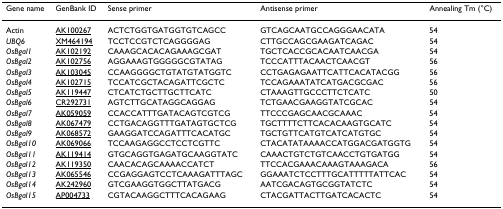
<table><thead><tr><td><b>Gene name</b></td><td><b>GenBank ID</b></td><td><b>Sense primer</b></td><td><b>Antisense primer</b></td><td><b>Annealing Tm (°C)</b></td></tr></thead><tbody><tr><td>Actin</td><td>AK100267</td><td>ACTCTGGTGATGGTGTCAGCC</td><td>GTCAGCAATGCCAGGGAACATA</td><td>54</td></tr><tr><td><i>UBQ6</i></td><td>XM464194</td><td>TCCTCCGTCTCAGGGGAG</td><td>CTTGCCAGCGAAGATCAGAC</td><td>54</td></tr><tr><td><i>OsBgal1</i></td><td>AK102192</td><td>CAAAGCACACAGAAAGCGAT</td><td>TGCTCACCGCACAATCAACGA</td><td>54</td></tr><tr><td><i>OsBgal2</i></td><td>AK102756</td><td>AGGAAAGTGGGGGCGTATAG</td><td>TCCCATTTACAACTCAACGT</td><td>56</td></tr><tr><td><i>OsBgal3</i></td><td>AK103045</td><td>CCAAGGGGCTGTATGTATGGTC</td><td>CCTGAGAGAATTCATTCACATACGG</td><td>56</td></tr><tr><td><i>OsBgal4</i></td><td>AK102715</td><td>TCCATCGCTACAGATTCGCTC</td><td>TCCAGAAATATCATGACGCGAC</td><td>56</td></tr><tr><td><i>OsBgal5</i></td><td>AK119447</td><td>CTCATCTGCTTGCTTCATC</td><td>CTAAAGTTGCCCTTCTCATC</td><td>50</td></tr><tr><td><i>OsBgal6</i></td><td>CR292731</td><td>AGTCTTGCATAGGCAGGAG</td><td>TCTGAACGAAGGTATCGCAC</td><td>54</td></tr><tr><td><i>OsBgal7</i></td><td>AK059059</td><td>CCACCATTTGATACAGTCGTCG</td><td>TTCCCGAGCAACGCAAAC</td><td>54</td></tr><tr><td><i>OsBgal8</i></td><td>AK067479</td><td>CCTGACAGGTTTGATAGTGCTCG</td><td>TGCTTTTCTTCACACAAGTGCATC</td><td>54</td></tr><tr><td><i>OsBgal9</i></td><td>AK068572</td><td>GAAGGATCCAGATTTCACATGC</td><td>TGCTGTTCATGTCATCATGTGC</td><td>54</td></tr><tr><td><i>OsBgal10</i></td><td>AK069066</td><td>TCCAAGAGGCCTCCTCGTTC</td><td>CTACATATAAAACCATGGACGATGGTG</td><td>54</td></tr><tr><td><i>OsBgal11</i></td><td>AK119414</td><td>GTGCAGGTGAGATGCAAGGTATC</td><td>CAAACTGTCTGTCAACCTGTGATGG</td><td>54</td></tr><tr><td><i>OsBgal12</i></td><td>AK119350</td><td>CAACACAGCAAAACCATCT</td><td>TTCCACGAAACAAAGTAAAGACA</td><td>56</td></tr><tr><td><i>OsBgal13</i></td><td>AK065546</td><td>CCGAGGAGTCCTCAAAGATTTAGC</td><td>GGAAATCTCCTTTGCATTTTTATTCAC</td><td>54</td></tr><tr><td><i>OsBgal14</i></td><td>AK242960</td><td>GTCGAAGGTGGCTTATGACG</td><td>AATCGACAGTGCGGTATCTC</td><td>54</td></tr><tr><td><i>OsBgal15</i></td><td>AP004733</td><td>CGTACAAGGCTTTCACAGAAG</td><td>CTACGATTACTTGATCACACTC</td><td>54</td></tr></tbody></table>